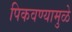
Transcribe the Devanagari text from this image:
पिकवण्यामुळे